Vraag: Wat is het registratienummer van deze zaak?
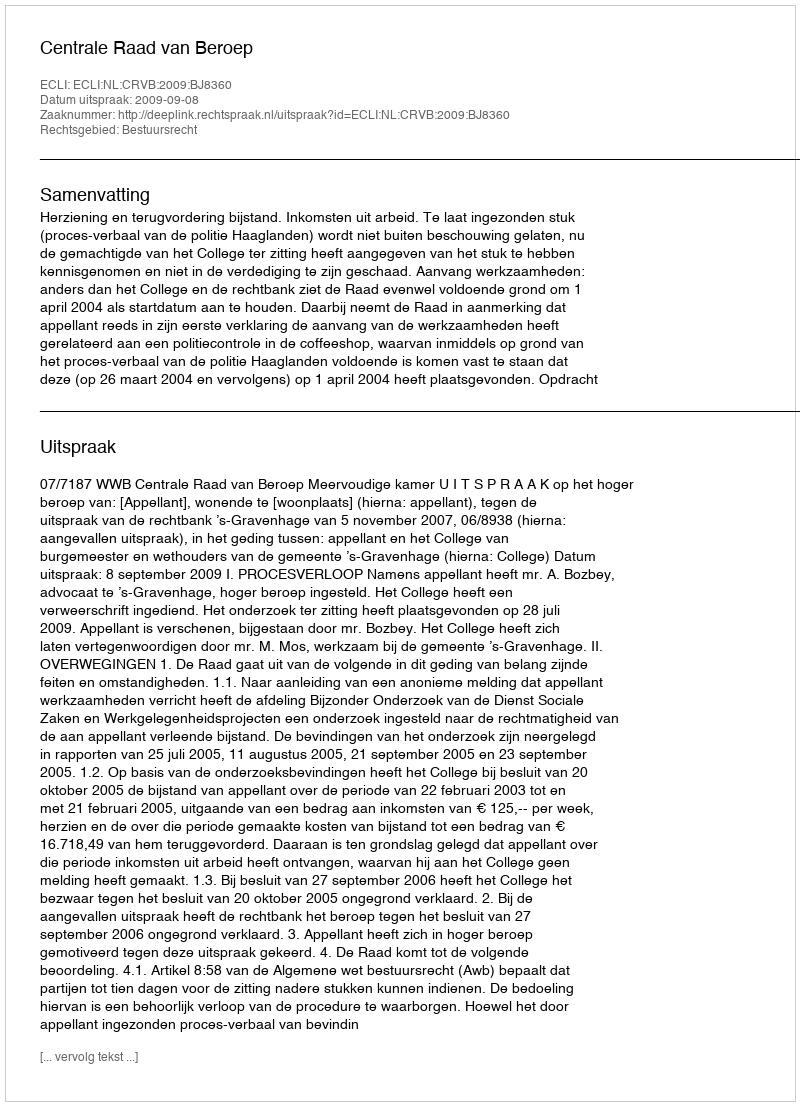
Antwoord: http://deeplink.rechtspraak.nl/uitspraak?id=ECLI:NL:CRVB:2009:BJ8360